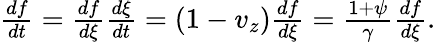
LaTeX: \begin{array}{r}{\frac{df}{dt}=\frac{df}{d\xi}\frac{d\xi}{dt}=(1-v_{z})\frac{df}{d\xi}=\frac{1+\psi}{\gamma}\frac{df}{d\xi}.}\end{array}